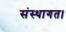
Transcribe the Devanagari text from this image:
संस्थागत।